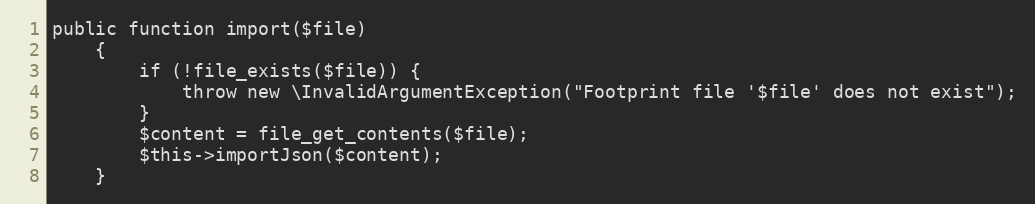
Language: PHP
public function import($file)
    {
        if (!file_exists($file)) {
            throw new \InvalidArgumentException("Footprint file '$file' does not exist");
        }
        $content = file_get_contents($file);
        $this->importJson($content);
    }